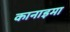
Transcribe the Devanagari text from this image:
कानाइमा